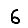
Digit: 6